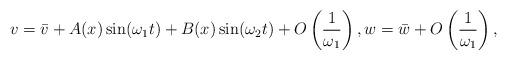
LaTeX: \begin{align*} v=\bar{v}+A(x)\sin(\omega_1 t)+B(x)\sin(\omega_2 t)+ O\left(\frac{1}{\omega_1}\right), w=\bar{w}+O\left(\frac{1}{\omega_1}\right),\end{align*}